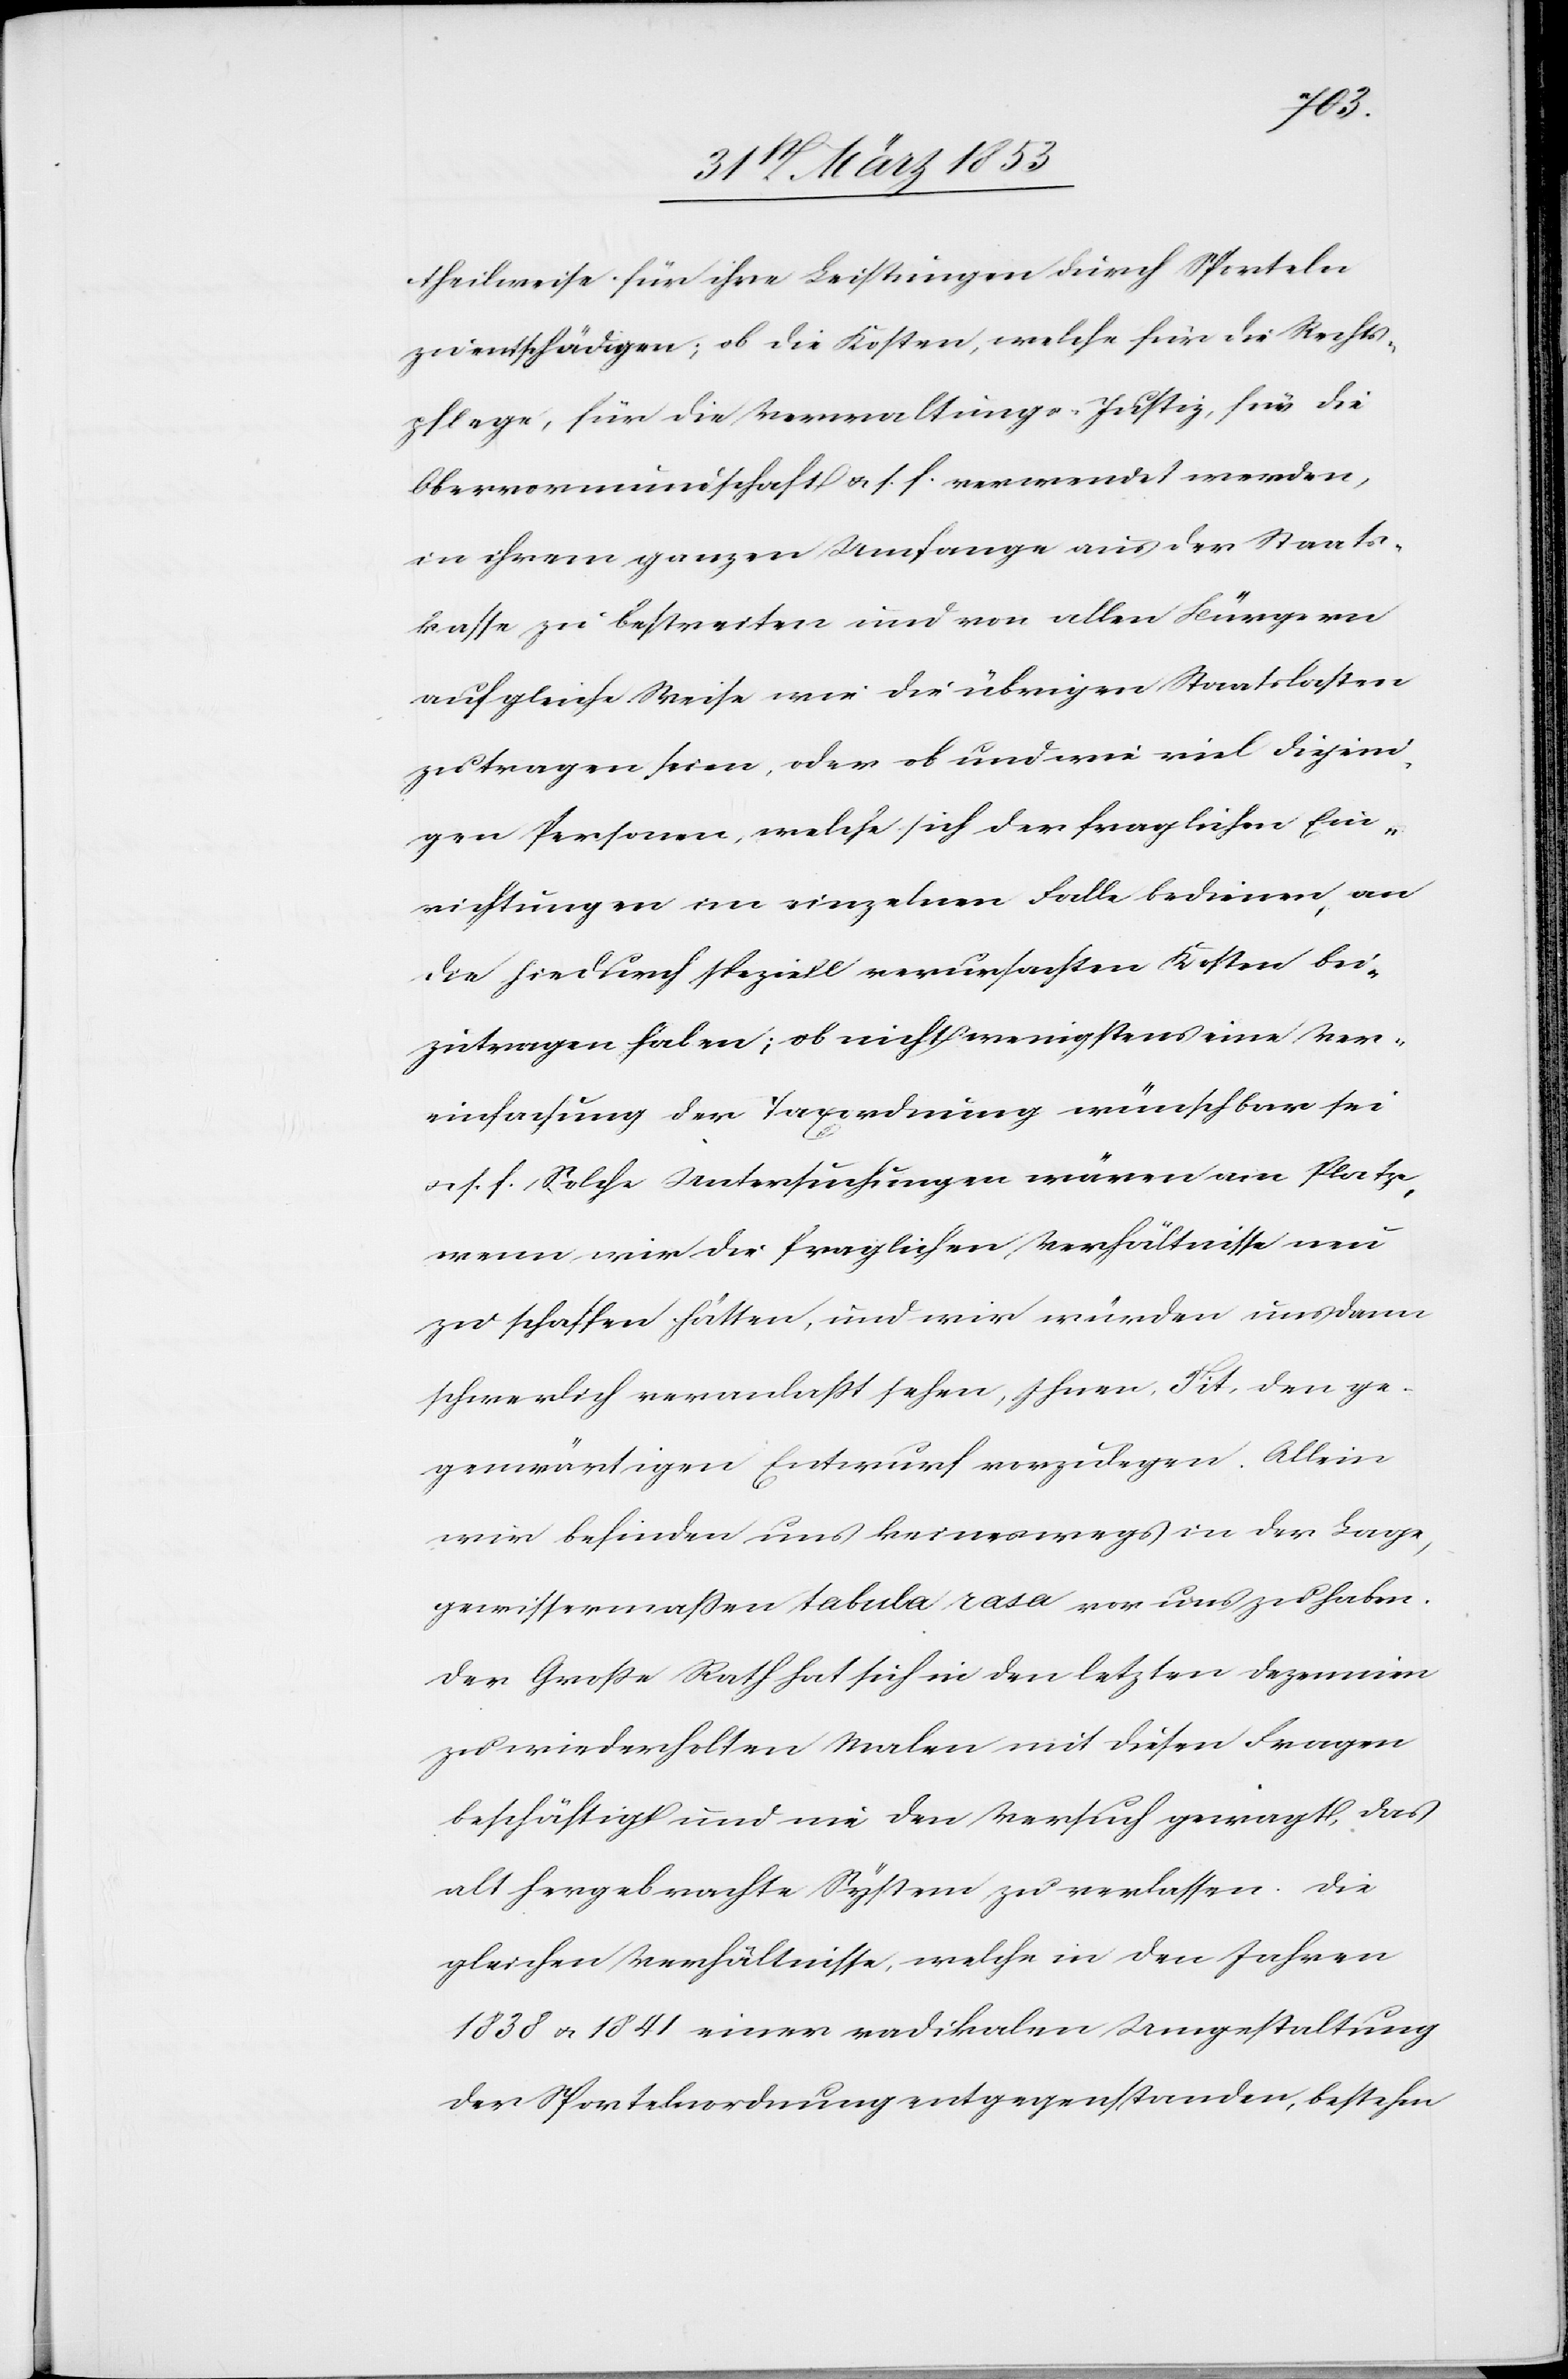
theilweise für ihre Leistungen durch Sporteln
zu entschädigen; ob die Kosten, welche für die Rechts¬
pflege, für die Verwaltungs-Justiz, für die
Obervormundschaft u. s. f. verwendet werden,
in ihrem ganzen Umfange aus der Staats¬
kasse zu bestreiten und von allen Bürgern
auf gleiche Weise wie die übrigen Staatslasten
zu tragen seien, oder ob und wie viel diejeni¬
gen Personen, welche sich der fraglichen Ein¬
richtungen im einzelnen Falle bedienen, an
die hiedurch speziell verursachten Kosten bei¬
zutragen haben; ob nicht wenigstens eine Ver¬
einfachung der Taxordnung wünschbar sei
u. s. f. Solche Untersuchungen wären am Platze,
wenn wir die fraglichen Verhältnisse neu
zu schaffen hätten, und wir würden uns dann
schwerlich veranlaßt sehen, Ihrem Tit. den ge¬
genwärtigen Entwurf vorzulegen. Allein
wir befinden uns keineswegs in der Lage,
gewissermaßen tabula rasa vor uns zu haben.
Der Große Rath hat sich in den letzten Dezennien
zu wiederholten Malen mit diesen Fragen
beschäftigt und nie den Versuch gewagt, das
alt hergebrachte System zu verlassen. Die
gleichen Verhältnisse, welche in den Jahren
1838 u. 1841 einer radikalen Umgestaltung
der Sportelnordnung entgegenstanden, bestehen